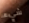
شيء